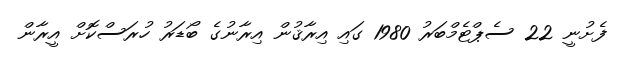
ފެށުނީ 22 ސެޕްޓެމްބަރު 1980 ގައި އިރާޤުން އިރާނުގެ ބޯޑަރު ހުރަސްކޮށް އީރާން